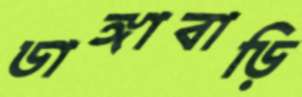
ডাঙ্গাবাড়ি